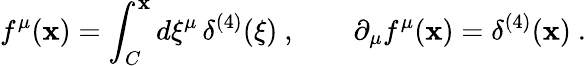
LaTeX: f^{\mu}(\mathbf{x})=\int_{C}^{\mathbf{x}}d\xi^{\mu}\, \delta^{(4)}(\xi)\ ,\qquad\partial_{\mu}f^{\mu}(\mathbf{x})=\delta^{(4)}(\mathbf{x})\ .